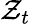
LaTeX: \mathcal{Z}_{t}